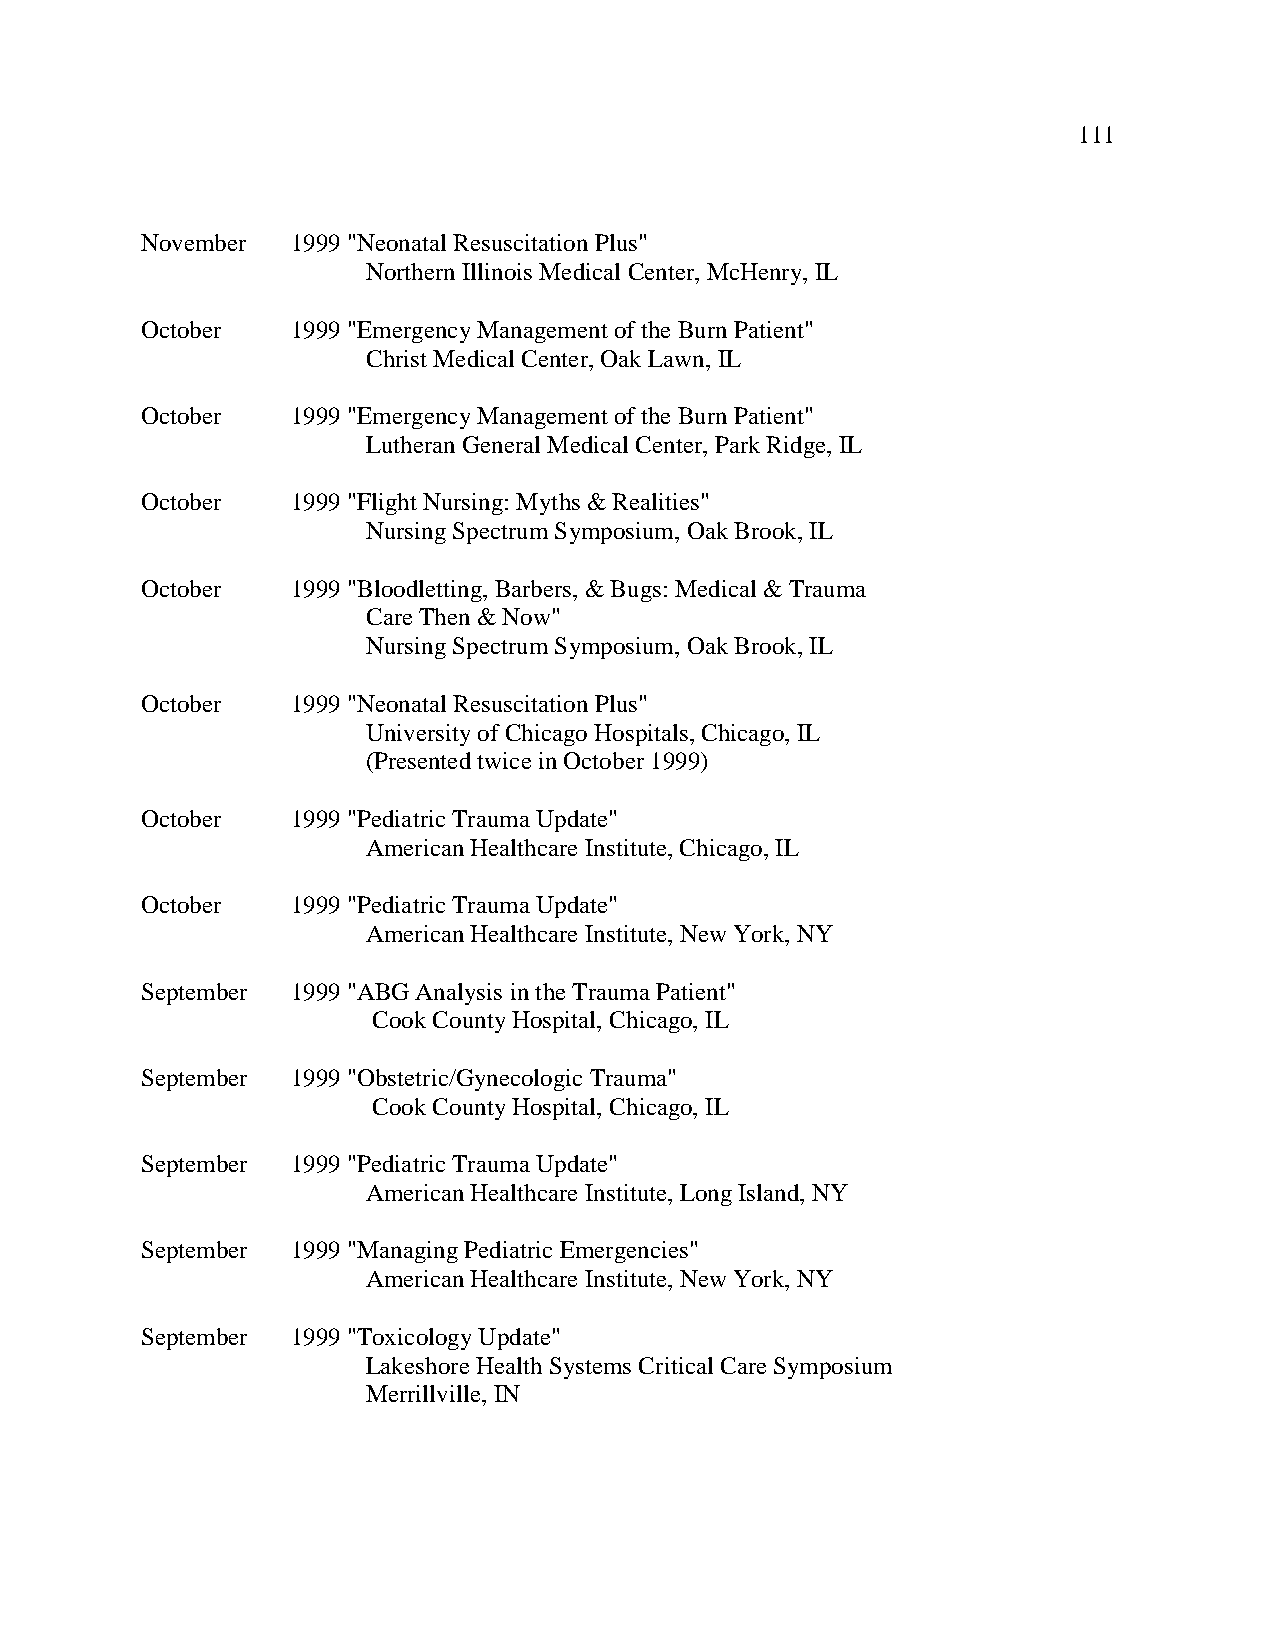
111
 November  1999 "Neonatal Resuscitation Plus"
 Northern Illinois Medical Center, McHenry, IL
 October   1999 "Emergency Management of the Burn Patient"
 Christ Medical Center, Oak Lawn, IL
 October   1999 "Emergency Management of the Burn Patient"
 Lutheran General Medical Center, Park Ridge, IL
 October   1999 "Flight Nursing: Myths & Realities"
 Nursing Spectrum Symposium, Oak Brook, IL
 October   1999 "Bloodletting, Barbers, & Bugs: Medical & Trauma
 Care Then & Now"
 Nursing Spectrum Symposium, Oak Brook, IL
 October   1999 "Neonatal Resuscitation Plus"
 University of Chicago Hospitals, Chicago, IL
 (Presented twice in October 1999)
 October   1999 "Pediatric Trauma Update"
 American Healthcare Institute, Chicago, IL
 October   1999 "Pediatric Trauma Update"
 American Healthcare Institute, New York, NY
 September 1999 "ABG Analysis in the Trauma Patient"
 Cook County Hospital, Chicago, IL
 September 1999 "Obstetric/Gynecologic Trauma"
 Cook County Hospital, Chicago, IL
 September 1999 "Pediatric Trauma Update"
 American Healthcare Institute, Long Island, NY
 September 1999 "Managing Pediatric Emergencies"
 American Healthcare Institute, New York, NY
 September 1999 "Toxicology Update"
 Lakeshore Health Systems Critical Care Symposium
 Merrillville, IN